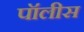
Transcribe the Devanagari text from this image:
पॉलीस